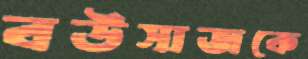
বউসাজকে